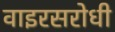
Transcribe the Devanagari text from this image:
वाइरसरोधी